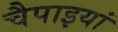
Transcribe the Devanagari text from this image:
चैपाइयां